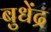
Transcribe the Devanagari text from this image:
बुधेंद्र